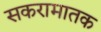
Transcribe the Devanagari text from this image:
सकरामातक